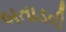
બતાડવી